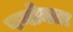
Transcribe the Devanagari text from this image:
पयोक्ता